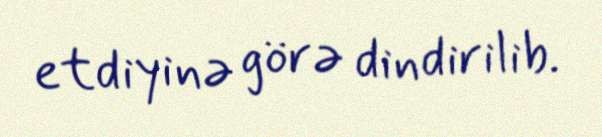
etdiyinə görə dindirilib.